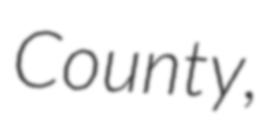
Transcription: County,